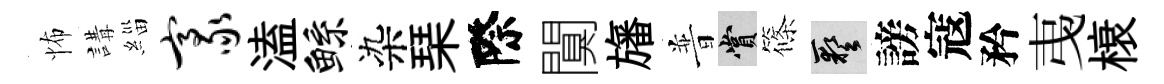
怖講緇豪溘鲧染琹際闃旛普賞篠藝謗寇矜𢎯榱